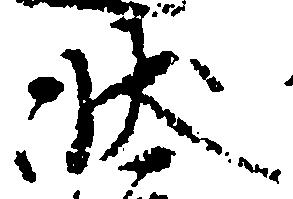
状